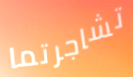
تشاجرتما